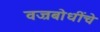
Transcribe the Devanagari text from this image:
वज्रबोधींचे